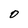
Character: O